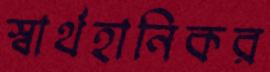
স্বার্থহানিকর